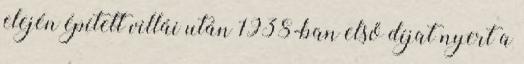
elején épített villái után 1938-ban első díjat nyert a